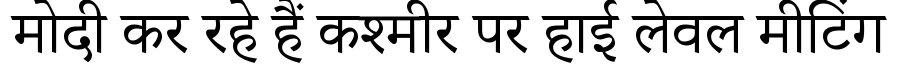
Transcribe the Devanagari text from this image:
मोदी कर रहे हैं कश्मीर पर हाई लेवल मीटिंग